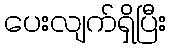
ပေးလျက်ရှိပြီး